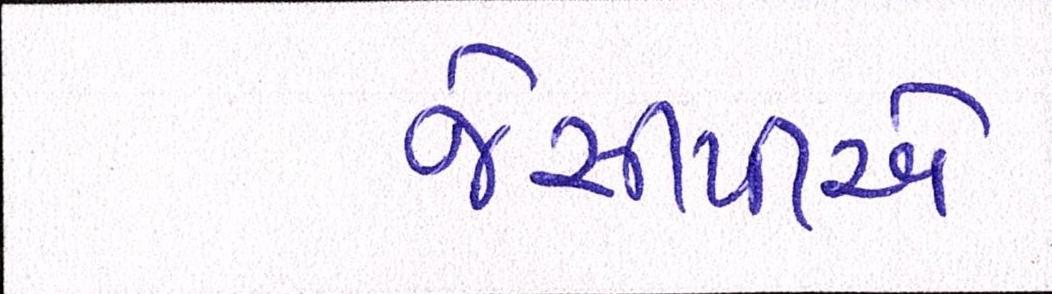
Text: જેસીપીએ